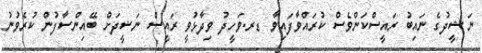
ނަޝީދުގެ ނައިބު ރައީސްކަންވެސް ކުރައްވާފައިވާ ޑރ.ވަހީދު ވިދާޅުވީ ރައީސް ނަޝީދަށް ބޭއިންސާފުން ކުރެވުނު